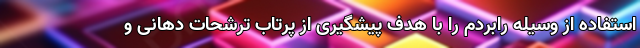
استفاده از وسیله رابردم را با هدف پیشگیری از پرتاب ترشحات دهانی و